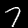
Digit: 7